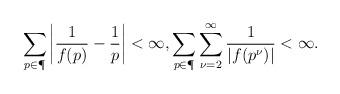
LaTeX: \begin{align*} \sum_{p\in \P} \left| \frac1{f(p)}-\frac1{p}\right| < \infty, \sum_{p\in \P} \sum_{\nu=2}^{\infty} \frac1{|f(p^\nu)|} < \infty.\end{align*}